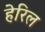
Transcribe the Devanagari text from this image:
हेरिल